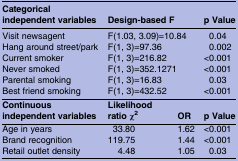
| Categorical independent variables | <COLSPAN=2> Design-based F | p Value |
 | --- | --- | --- | --- |
 | Visit newsagent | <COLSPAN=2> F(1.03, 3.09)=10.84 | 0.04 |
 | Hang around street/park | <COLSPAN=2> F(1, 3)=97.36 | 0.002 |
 | Current smoker | <COLSPAN=2> F(1, 3)=216.82 | <0.001 |
 | Never smoked | <COLSPAN=2> F(1, 3)=352.1271 | <0.001 |
 | Parental smoking | <COLSPAN=2> F(1, 3)=16.83 | 0.03 |
 | Best friend smoking | <COLSPAN=2> F(1, 3)=432.52 | <0.001 |
 | Continuous independent variables | Likelihood ratio χ2 | OR | p Value |
 | Age in years | 33.80 | 1.62 | <0.001 |
 | Brand recognition | 119.75 | 1.44 | <0.001 |
 | Retail outlet density | 4.48 | 1.05 | 0.03 |